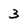
Character: 3